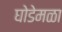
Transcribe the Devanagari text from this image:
घोडेमळा